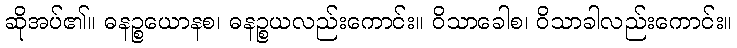
ဆိုအပ်၏။ ဓနဉ္စယောနစ၊ ဓနဉ္စယလည်းကောင်း။ ဝိသာခေါစ၊ ဝိသာခါလည်းကောင်း။